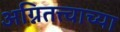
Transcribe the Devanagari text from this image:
अग्नितत्त्वाच्या